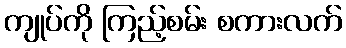
ကျုပ်ကို ကြည့်စမ်း စကားလက်